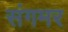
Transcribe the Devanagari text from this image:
संगमर